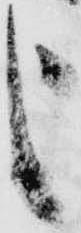
申